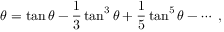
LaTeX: \theta = \tan \theta - { \frac { 1 } { 3 } } \tan ^ { 3 } \theta + { \frac { 1 } { 5 } } \tan ^ { 5 } \theta - \cdots \ ,